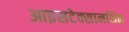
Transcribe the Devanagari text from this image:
आइसटेक्सानथिन